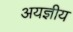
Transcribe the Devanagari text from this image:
अयज्ञीय